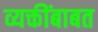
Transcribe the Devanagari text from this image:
व्यक्तींबाबत